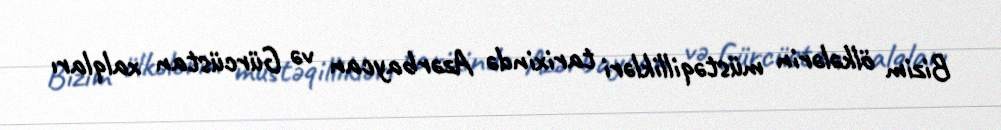
Bizim ölkələrin müstəqillikləri tarixində Azərbaycan və Gürcüstan xalqları